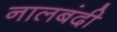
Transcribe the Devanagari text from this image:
नालबंदी